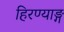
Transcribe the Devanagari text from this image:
हिरण्याङ्ग